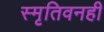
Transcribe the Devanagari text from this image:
स्मृतिवनही